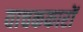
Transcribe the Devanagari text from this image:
वाचककारों